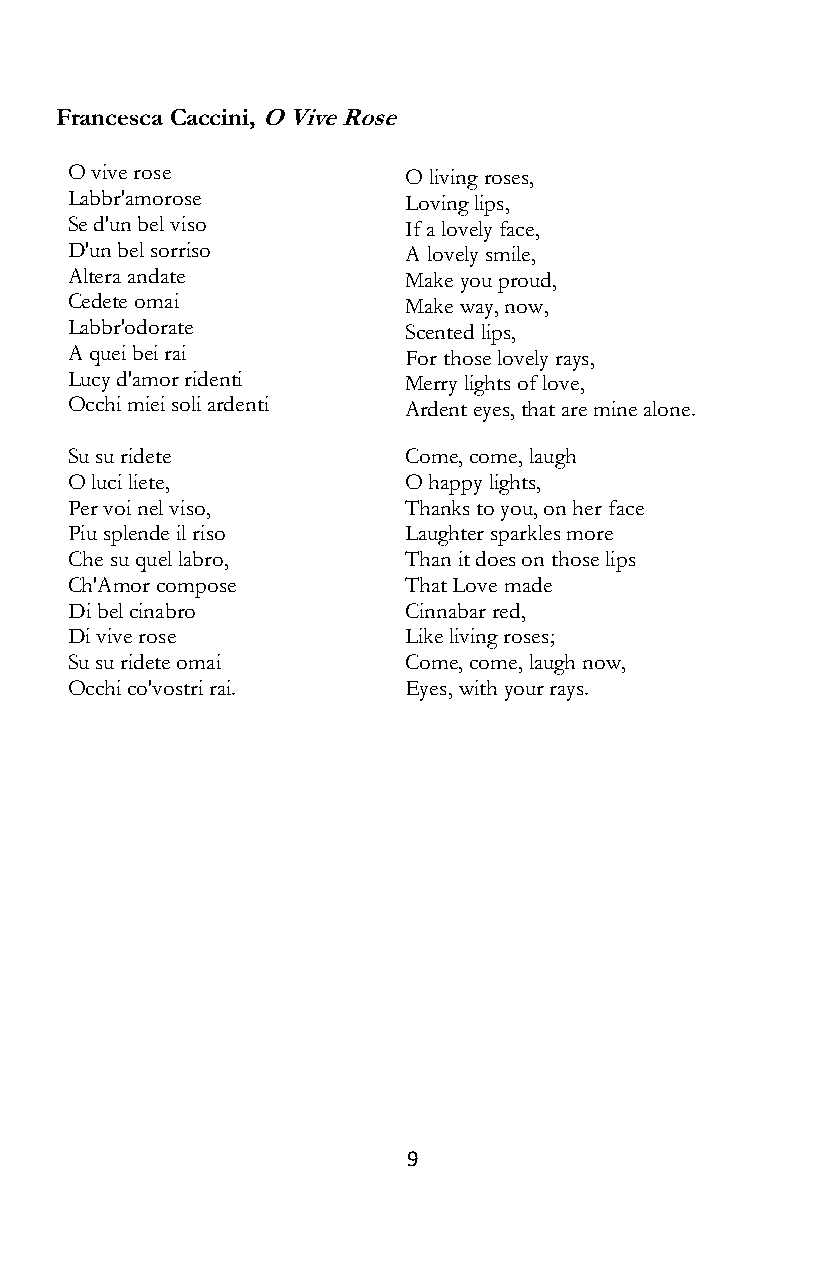
Francesca Caccini, O Vive Rose
 O vive rose            O living roses,
 Labbr'amorose          Loving lips,
 Se d'un bel viso       If a lovely face,
 D'un bel sorriso       A lovely smile,
 Altera andate          Make you proud,
 Cedete omai            Make way, now,
 Labbr'odorate          Scented lips,
 A quei bei rai         For those lovely rays,
 Lucy d'amor ridenti    Merry lights of love,
 Occhi miei soli ardenti Ardent eyes, that are mine alone.
 Su su ridete           Come, come, laugh
 O luci liete,          O happy lights,
 Per voi nel viso,      Thanks to you, on her face
 Piu splende il riso    Laughter sparkles more
 Che su quel labro,     Than it does on those lips
 Ch'Amor compose        That Love made
 Di bel cinabro         Cinnabar red,
 Di vive rose           Like living roses;
 Su su ridete omai      Come, come, laugh now,
 Occhi co'vostri rai.   Eyes, with your rays.
 9